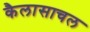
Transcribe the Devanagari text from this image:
कैलासाचल